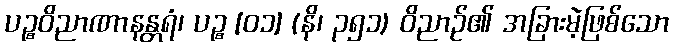
ပဉ္စဝိညာဏာနန္တရံ၊ ပဉ္စ [၀၁] (နိ၊ ၃၅၁) ဝိညာဉ်၏ အခြားမဲ့ဖြစ်သော